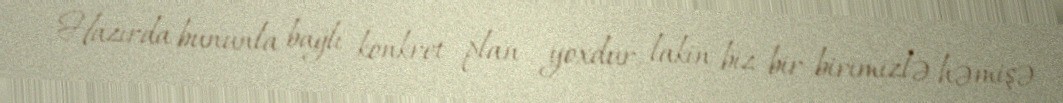
- Hazırda bununla bağlı konkret plan yoxdur, lakin biz bir-birimizlə həmişə